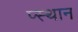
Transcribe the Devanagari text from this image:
प्स्थान